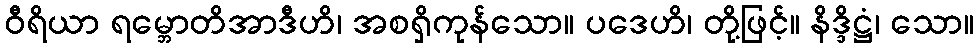
ဝီရိယာ ရမ္ဘောတိအာဒီဟိ၊ အစရှိကုန်သော။ ပဒေဟိ၊ တို့ဖြင့်။ နိဒ္ဒိဋ္ဌံ၊ သော။